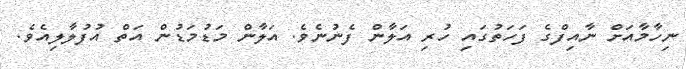
ނިހާމާއަށް ނާއިފްގެ ފަހަތުގައި ހުރި އަލާން ފެނުނެވެ. އަލާން މަޑުމަޑުން އަތް އުފުލާލިއެވެ.